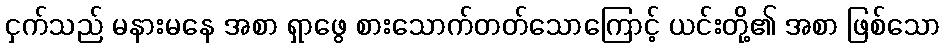
ငှက်သည် မနားမနေ အစာ ရှာဖွေ စားသောက်တတ်သောကြောင့် ယင်းတို့၏ အစာ ဖြစ်သော